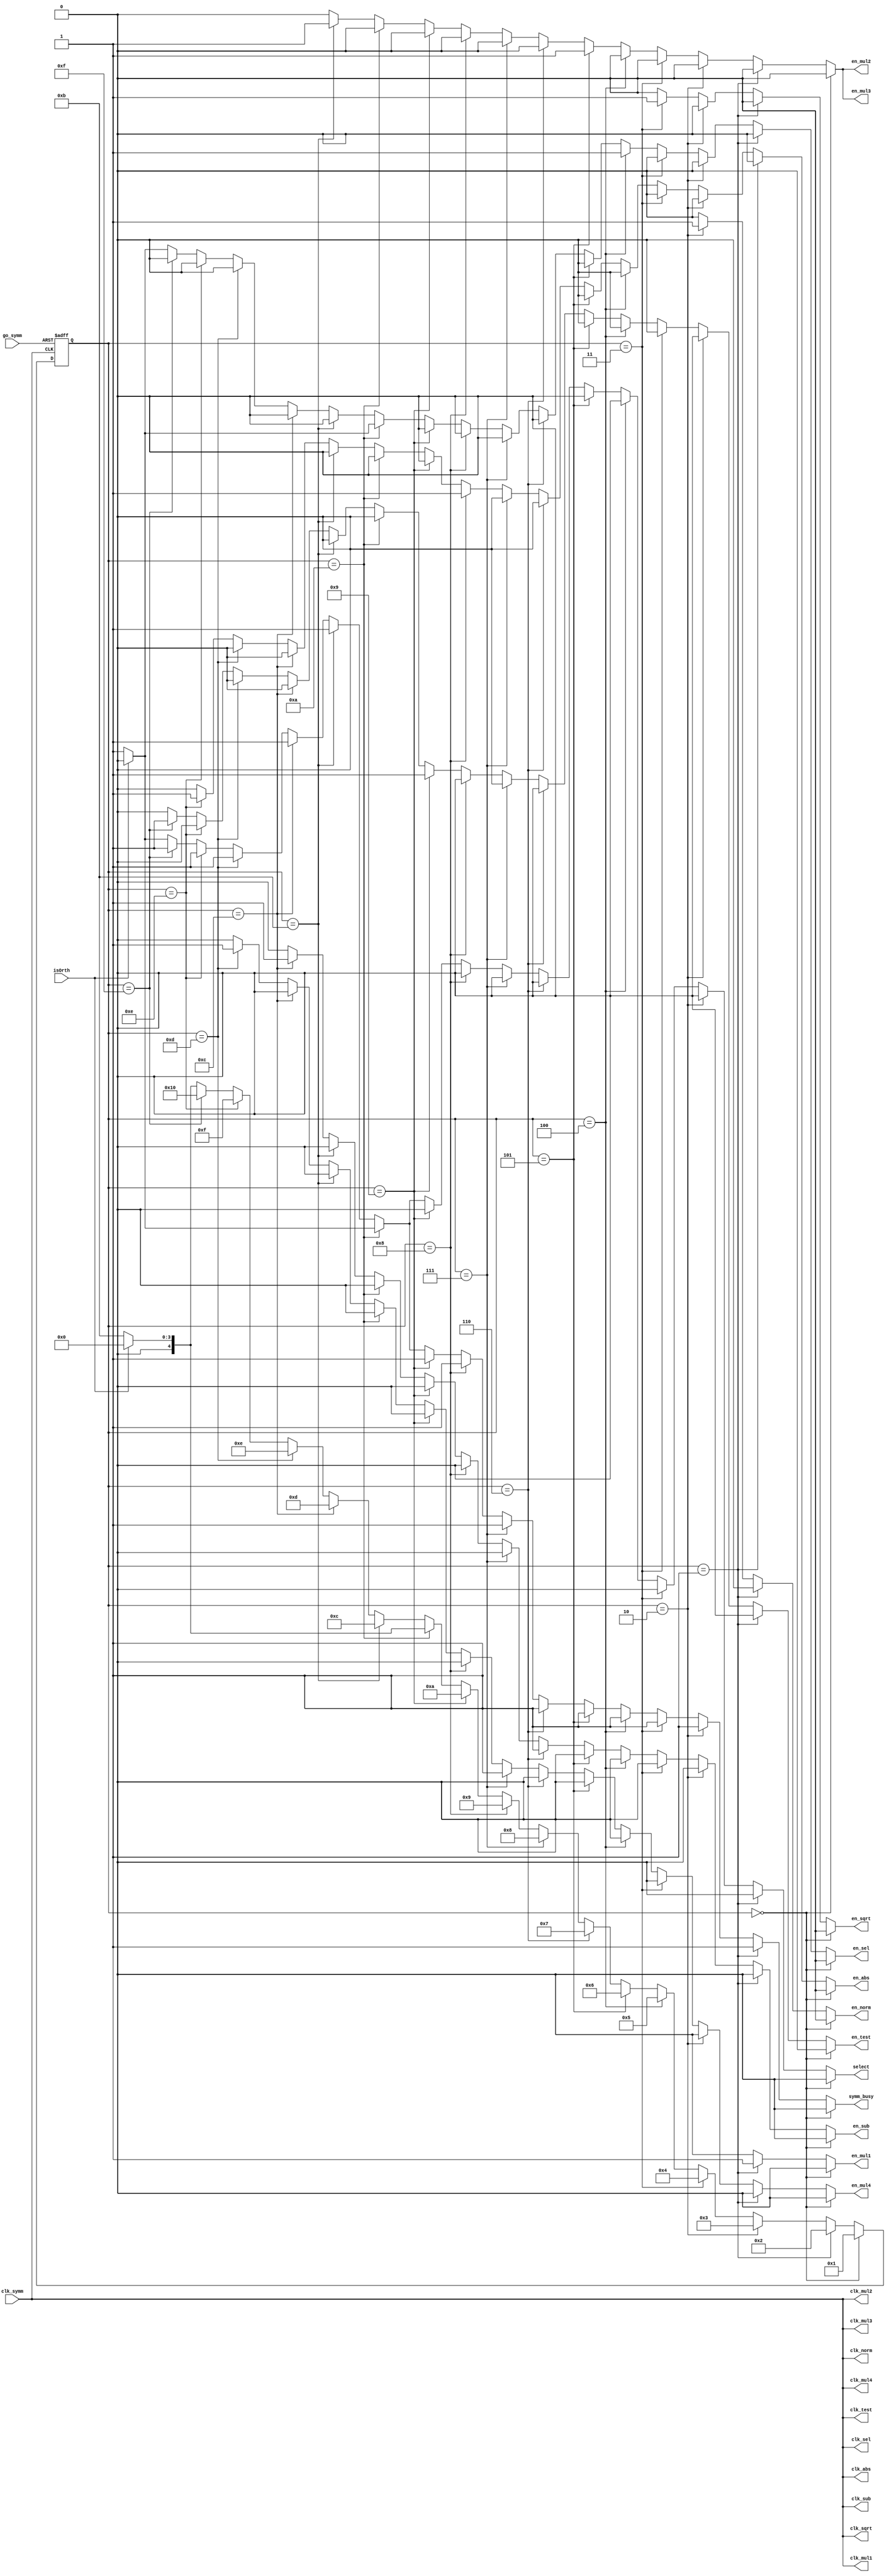
module SYMM_CONTROLLER (
    input clk_symm,
    input go_symm,
    input isOrth,
    
    output reg symm_busy,
    output clk_mul1, clk_norm, clk_sqrt, clk_sel, clk_mul2, clk_mul3, clk_sub, clk_mul4, clk_abs, clk_test,
    output reg en_mul1, en_norm, en_sqrt, en_sel, en_mul2, en_mul3, en_sub, en_mul4, en_abs, en_test,
    output reg select
);

assign clk_mul1 = clk_symm;
assign clk_norm = clk_symm;
assign clk_sqrt = clk_symm;
assign clk_sel  = clk_symm;
assign clk_mul2 = clk_symm;
assign clk_mul3 = clk_symm;
assign clk_sub  = clk_symm;
assign clk_mul4 = clk_symm;
assign clk_abs  = clk_symm;
assign clk_test = clk_symm;

reg [4:0] state, next_state;

always @(posedge clk_symm or negedge go_symm)
    if(!go_symm) state <= 0;
    else state <= next_state;
    
always @(*)
begin
    if (state == 5'd0) begin
        en_mul1    = 0;
        en_norm    = 0;
        en_sqrt    = 0;
        en_sel     = 0;
        en_mul2    = 0;
        en_mul3    = 0;
        en_sub     = 0;
        en_mul4    = 0;
        en_abs     = 0;
        en_test    = 0;   
        select     = 0;  
        symm_busy  = 0;
        next_state = 5'd1;
    end else if (state == 5'd1) begin
        en_mul1    = 1;
        en_norm    = 0;
        en_sqrt    = 0;
        en_sel     = 0;
        en_mul2    = 0;
        en_mul3    = 0;
        en_sub     = 0;
        en_mul4    = 0;
        en_abs     = 0;
        en_test    = 0;   
        select     = 0;  
        symm_busy  = 1;
        next_state = 5'd2;
    end else if (state == 5'd2) begin
        en_mul1    = 0;
        en_norm    = 1;
        en_sqrt    = 0;
        en_sel     = 0;
        en_mul2    = 0;
        en_mul3    = 0;
        en_sub     = 0;
        en_mul4    = 0;
        en_abs     = 0;
        en_test    = 0;   
        select     = 0;  
        symm_busy  = 1;
        next_state = 5'd3;
    end else if (state == 5'd3) begin
        en_mul1    = 0;
        en_norm    = 0;
        en_sqrt    = 1;
        en_sel     = 0;
        en_mul2    = 0;
        en_mul3    = 0;
        en_sub     = 0;
        en_mul4    = 0;
        en_abs     = 0;
        en_test    = 0;   
        select     = 0;  
        symm_busy  = 1;
        next_state = 5'd4;        
    end else if (state == 5'd4) begin
        en_mul1    = 0;
        en_norm    = 0;
        en_sqrt    = 0;
        en_sel     = 1;
        en_mul2    = 0;
        en_mul3    = 0;
        en_sub     = 0;
        en_mul4    = 0;
        en_abs     = 0;
        en_test    = 0;   
        select     = 0;  
        symm_busy  = 1;
        next_state = 5'd5;        
    end else if (state == 5'd5) begin
        en_mul1    = 0;
        en_norm    = 0;
        en_sqrt    = 0;
        en_sel     = 0;
        en_mul2    = 1;
        en_mul3    = 1;
        en_sub     = 0;
        en_mul4    = 0;
        en_abs     = 0;
        en_test    = 0;   
        select     = 0;  
        symm_busy  = 1;
        next_state = 5'd6;   
    end else if (state == 5'd6) begin
        en_mul1    = 0;
        en_norm    = 0;
        en_sqrt    = 0;
        en_sel     = 0;
        en_mul2    = 0;
        en_mul3    = 0;
        en_sub     = 1;
        en_mul4    = 0;
        en_abs     = 0;
        en_test    = 0;   
        select     = 0;  
        symm_busy  = 1;
        next_state = 5'd7;           
    end else if (state == 5'd7) begin
        en_mul1    = 0;
        en_norm    = 0;
        en_sqrt    = 0;
        en_sel     = 0;
        en_mul2    = 0;
        en_mul3    = 0;
        en_sub     = 0;
        en_mul4    = 1;
        en_abs     = 0;
        en_test    = 0;   
        select     = 0;  
        symm_busy  = 1;
        next_state = 5'd8;               
    end else if (state == 5'd8) begin
        en_mul1    = 0;
        en_norm    = 0;
        en_sqrt    = 0;
        en_sel     = 0;
        en_mul2    = 0;
        en_mul3    = 0;
        en_sub     = 0;
        en_mul4    = 0;
        en_abs     = 1;
        en_test    = 0;   
        select     = 0;  
        symm_busy  = 1;
        next_state = 5'd9;     
    end else if (state == 5'd9) begin
        en_mul1    = 0;
        en_norm    = 0;
        en_sqrt    = 0;
        en_sel     = 0;
        en_mul2    = 0;
        en_mul3    = 0;
        en_sub     = 0;
        en_mul4    = 0;
        en_abs     = 0;
        en_test    = 1;   
        select     = 0;  
        symm_busy  = 1;
        next_state = 5'd10;                                
    end else if (state == 5'd10) begin
        if (isOrth) begin
            en_mul1    = 0;
            en_norm    = 0;
            en_sqrt    = 0;
            en_sel     = 0;
            en_mul2    = 0;
            en_mul3    = 0;
            en_sub     = 0;
            en_mul4    = 0;
            en_abs     = 0;
            en_test    = 0;   
            select     = 0;  
            symm_busy  = 0;
            next_state = 5'd0;     
        end else begin
            en_mul1    = 0;
            en_norm    = 0;
            en_sqrt    = 0;
            en_sel     = 1;
            en_mul2    = 0;
            en_mul3    = 0;
            en_sub     = 0;
            en_mul4    = 0;
            en_abs     = 0;
            en_test    = 0;   
            select     = 1;  
            symm_busy  = 1;
            next_state = 5'd11;   
        end
    end else if (state == 5'd11) begin
        en_mul1    = 0;
        en_norm    = 0;
        en_sqrt    = 0;
        en_sel     = 0;
        en_mul2    = 1;
        en_mul3    = 1;
        en_sub     = 0;
        en_mul4    = 0;
        en_abs     = 0;
        en_test    = 0;   
        select     = 1;  
        symm_busy  = 1;
        next_state = 5'd12;             
    end else if (state == 5'd12) begin
        en_mul1    = 0;
        en_norm    = 0;
        en_sqrt    = 0;
        en_sel     = 0;
        en_mul2    = 0;
        en_mul3    = 0;
        en_sub     = 1;
        en_mul4    = 0;
        en_abs     = 0;
        en_test    = 0;   
        select     = 1;  
        symm_busy  = 1;
        next_state = 5'd13;  
    end else if (state == 5'd13) begin
        en_mul1    = 0;
        en_norm    = 0;
        en_sqrt    = 0;
        en_sel     = 0;
        en_mul2    = 0;
        en_mul3    = 0;
        en_sub     = 0;
        en_mul4    = 1;
        en_abs     = 0;
        en_test    = 0;   
        select     = 1;  
        symm_busy  = 1;
        next_state = 5'd14;  
    end else if (state == 5'd14) begin
        en_mul1    = 0;
        en_norm    = 0;
        en_sqrt    = 0;
        en_sel     = 0;
        en_mul2    = 0;
        en_mul3    = 0;
        en_sub     = 0;
        en_mul4    = 0;
        en_abs     = 1;
        en_test    = 0;   
        select     = 1;  
        symm_busy  = 1;
        next_state = 5'd15;  
    end else if (state == 5'd15) begin
        en_mul1    = 0;
        en_norm    = 0;
        en_sqrt    = 0;
        en_sel     = 0;
        en_mul2    = 0;
        en_mul3    = 0;
        en_sub     = 0;
        en_mul4    = 0;
        en_abs     = 0;
        en_test    = 1;   
        select     = 1;  
        symm_busy  = 1;
        next_state = 5'd16;  
    end else begin
        if (isOrth) begin
            en_mul1    = 0;
            en_norm    = 0;
            en_sqrt    = 0;
            en_sel     = 0;
            en_mul2    = 0;
            en_mul3    = 0;
            en_sub     = 0;
            en_mul4    = 0;
            en_abs     = 0;
            en_test    = 0;   
            select     = 0;  
            symm_busy  = 0;
            next_state = 5'd0;     
        end else begin
            en_mul1    = 0;
            en_norm    = 0;
            en_sqrt    = 0;
            en_sel     = 1;
            en_mul2    = 0;
            en_mul3    = 0;
            en_sub     = 0;
            en_mul4    = 0;
            en_abs     = 0;
            en_test    = 0;   
            select     = 1;  
            symm_busy  = 1;
            next_state = 5'd11;   
        end
    end
end    

endmodule